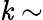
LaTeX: \mathit{k}\sim